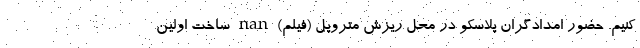
کنیم. حضور امدادگران پلاسکو در محل ریزش متروپل (فیلم) nan ساخت اولین